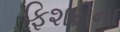
ફિશરીના